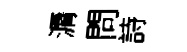
漘問詩